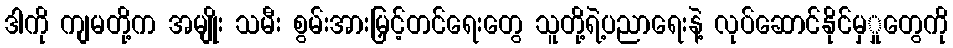
ဒါကို ကျမတို့က အမျိုး သမီး စွမ်းအားမြှင့်တင်ရေးတွေ သူတို့ရဲ့ပညာရေးနဲ့ လုပ်ဆောင်နိုင်မှှုတွေကို